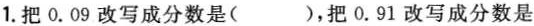
1.把0.09改写成分数是( )，把0.91改写成分数是